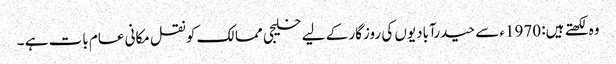
وہ لکھتے ہیں: 1970ء سے حیدرآبادیوں کی روزگار کے لیے خلیجی ممالک کو نقل مکانی عام بات ہے ۔